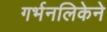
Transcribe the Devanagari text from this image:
गर्भनलिकेने